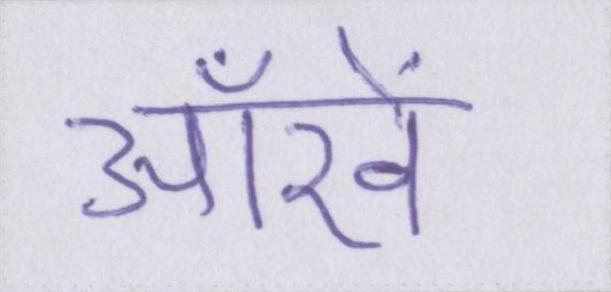
आँखें